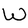
Character: W